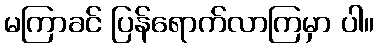
မကြာခင် ပြန်ရောက်လာကြမှာ ပါ။